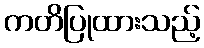
ကတိပြုထားသည့်